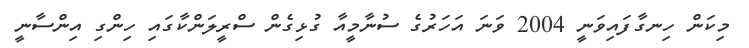
މިކަން ހިނގާފައިވަނީ 2004 ވަނަ އަހަރުގެ ސުނާމީއާ ގުޅިގެން ސްރީލަންކާގައި ހިންގި އިންސާނީ